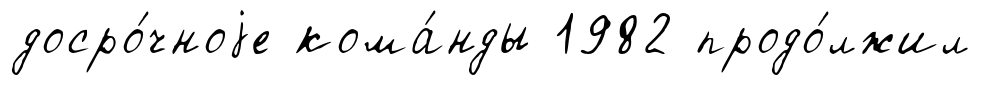
досро́чноjе кома́нды 1982 продо́лжил